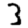
Digit: 3